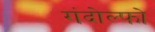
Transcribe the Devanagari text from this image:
गंदोल्फो